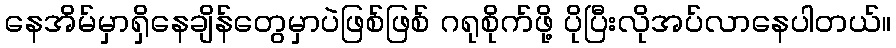
နေအိမ်မှာရှိနေချိန်တွေမှာပဲဖြစ်ဖြစ် ဂရုစိုက်ဖို့ ပိုပြီးလိုအပ်လာနေပါတယ်။